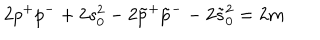
2 p ^ { + } p ^ { - } + 2 s _ { 0 } ^ { 2 } - 2 \tilde { p } ^ { + } \tilde { p } ^ { - } - 2 \tilde { s } _ { 0 } ^ { 2 } = 2 m